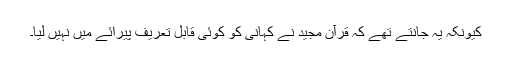
کیونکہ یہ جانتے تھے کہ قرآن مجید نے کہانی کو کوئی قابل تعریف پیرائے میں نہیں لیا۔